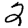
Digit: 2